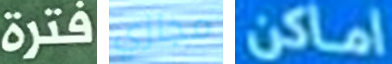
فترة مجازي اماكن